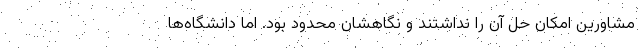
مشاورین امکان حل آن را نداشتند و نگاهشان محدود بود. اما دانشگاه‌ها